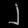
Digit: ၂